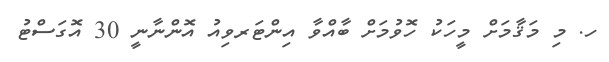
ހ. މި މަޤާމަށް މީހަކު ހޮވުމަށް ބާއްވާ އިންޓަރވިއު އޮންނާނީ 30 އޮގަސްޓު